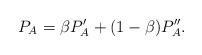
LaTeX: \begin{align*} P_A = \beta P'_A + (1-\beta)P''_A. \end{align*}